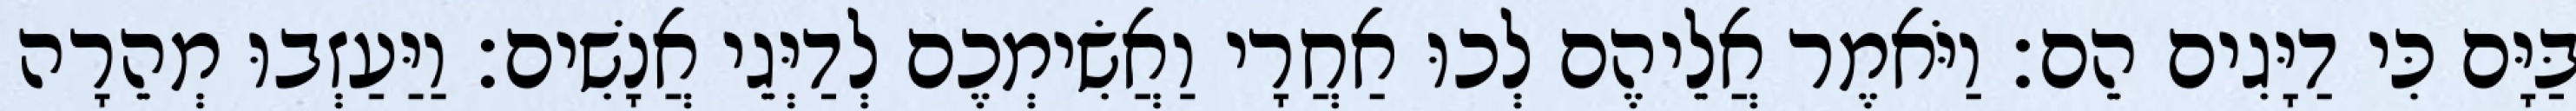
בַּיָּם כִּי דַיָּגִים הֵם׃ וַיֹּאמֶר אֲלֵיהֶם לְכוּ אַחֲרָי וַאֲשִׂימְכֶם לְדַיְּגֵי אֲנָשִׁים׃ וַיַּעַזְבוּ מְהֵרָה